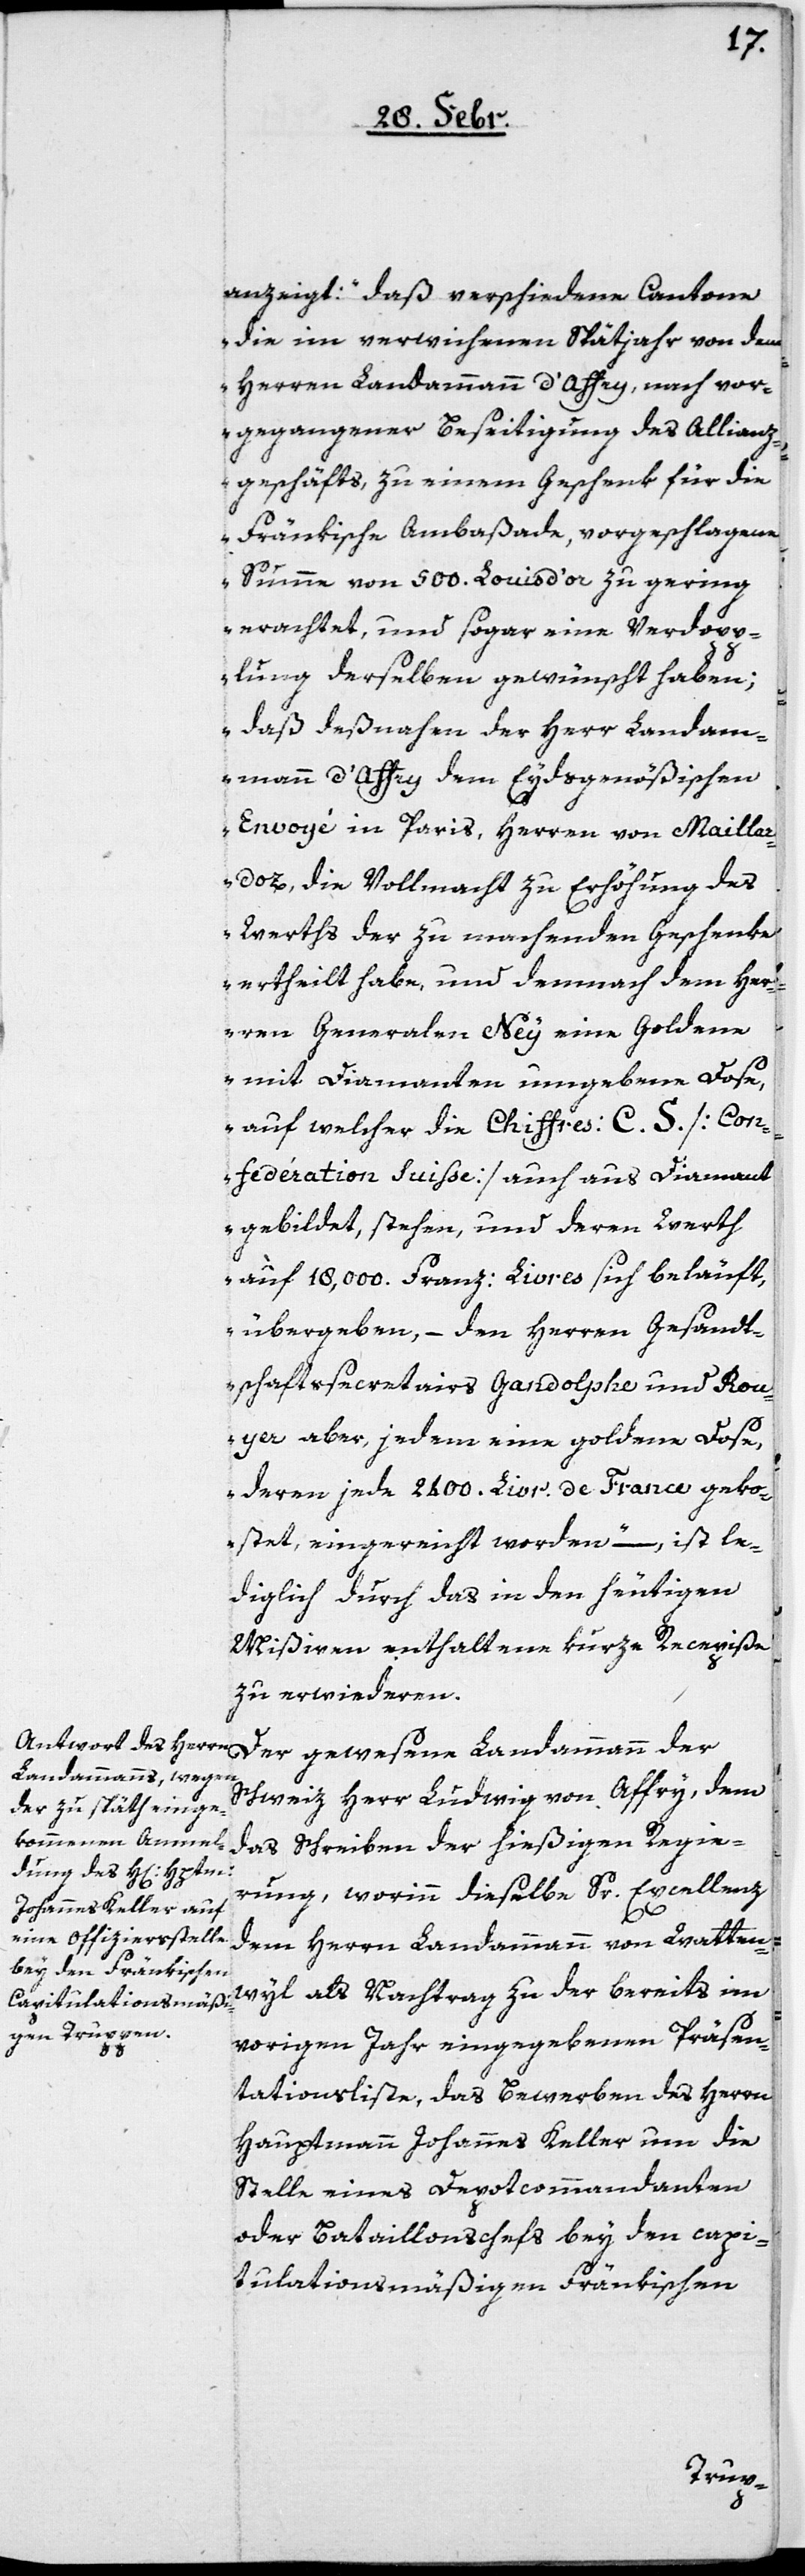
anzeigt: „Daß verschiedene Cantone
die im verwichenen Spätjahr von dem
Herren Landammann d’Affry, nach vor¬
gegangener Beseitigung des Allianz¬
geschäfts, zu einem Geschenk für die
Fränkische Ambaßade, vorgeschlagene
Summe von 500. Louis d’or zu gering
erachtet, und sogar eine Verdopp¬
elung derselben gewünscht haben;
daß deßnahen der Herr Landam¬
mann d’Affry dem eydsgenößischen
Envoié in Paris, Herren von Mailla¬
z-Doz, die Vollmacht zur Erhöhung des
Werths der zu machenden Geschenke
ertheilt habe, und demnach dem Her¬
ren Generalen Ney eine Goldene
mit Diamanten umgebene Dose,
auf welcher die Chiffres C. S. [Con¬
fédération Suisse] auch aus Diamant
gebildet, stehen, und deren Werth
auf 18,000 franz: Livres sich beläuft,
übergeben, – den Herren Gesandt¬
schaftssecretairs Gandolphe und Rou¬
yer aber, jedem eine goldene Dose,
deren jede 2400. Livr. de France geko¬
stet, eingereicht worden“, – ist le¬
diglich durch das in den heutigen
Mißiven enthaltene kurze Recepiße
zu erwiederen.
Der gewesene Landammann der
Schweiz, Herr Ludwig von Affry, dem
das Schreiben der hießigen Regie¬
rung, worinn dieselbe Sr. Excellenz
dem Herrn Landammann von Watten¬
wyl als Nachtrag zu der bereits im
vorigen Jahr eingegebenen Präsen¬
tationsliste, das Bewerben des Herrn
Hauptmann Johannes Keller um die
Stelle eines Depotcommandanten
oder Bataillonschefs bei den capi¬
tulationsmäßigen Fränkischen